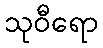
သုဝီရော